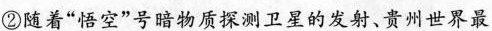
②随着”悟空”号暗物质探测卫星的发射、贵州世界最